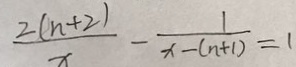
\frac { 2 ( n + 2 ) } { x } - \frac { 1 } { x - ( n + 1 ) } = 1